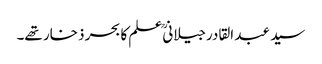
سید عبد القادرجیلانیؒ علم کا بحر ذخار تھے۔